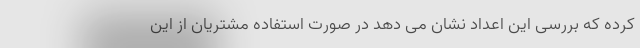
کرده که بررسی این اعداد نشان می دهد در صورت استفاده مشتریان از این